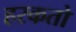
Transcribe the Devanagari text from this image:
हरकतो